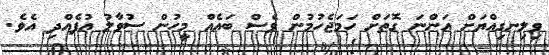
ވިލިނގިއްޔަށް އަންނަ ގޮތަށް ހަމަޖެހުމުން ވެސް ބައެއް މީހުން ސުވާލު އުފެއްދި އެވެ.